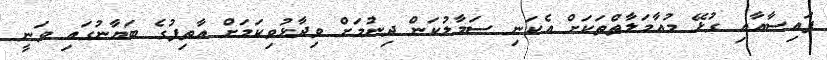
ފައިސާއާއި ގުޅޭ މުއާމަލާތްތަކަށް އެކަނި ސަމާލުކަން ދިނުމަށް ވިދާޅުވިކަމަށް އާތިފުގެ ބަޔާނުގައި ވަނީ